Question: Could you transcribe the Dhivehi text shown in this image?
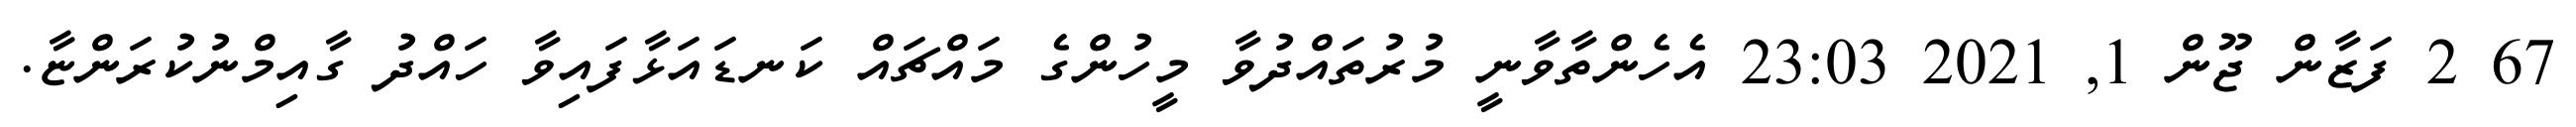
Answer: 67 2 ފަޒާން ޖޫން 1, 2021 23:03 އެހެންތާވާނީ މުރުތައްދުވާ މީހުންގެ މައްޗައް ކަނޑައަޅާފައިވާ ހައްދު ގާއިމްނުކުރަންޏާ.